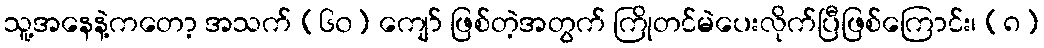
သူ့အနေနဲ့ကတော့ အသက် (၆၀) ကျော် ဖြစ်တဲ့အတွက် ကြိုတင်မဲပေးလိုက်ပြီဖြစ်ကြောင်း၊ (၈)